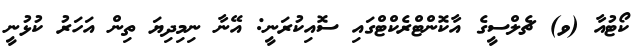
ކޯޓުއާ (ވ) ޗެލްސީގެ އާކޮންޓްރެކްޓްގައި ސޮއިކުރަނީ: އޭނާ ނިމިދިޔަ ތިން އަހަރު ކުޅުނީ